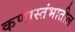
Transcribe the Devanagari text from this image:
कणास्तंभातील